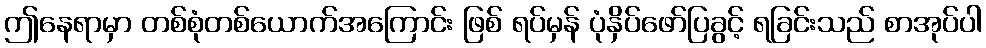
ဤနေရာမှာ တစ်စုံတစ်ယောက်အကြောင်း ဖြစ် ရပ်မှန် ပုံနှိပ်ဖော်ပြခွင့် ရခြင်းသည် စာအုပ်ပါ